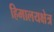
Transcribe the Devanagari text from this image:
हिमालयक्षेत्र